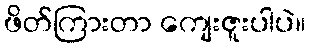
ဖိတ်ကြားတာ ကျေးဇူးပါပဲ။